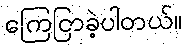
ကြေငြာခဲ့ပါတယ်။